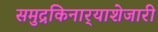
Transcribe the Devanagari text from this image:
समुद्रकिनार्‍याशेजारी